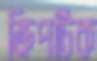
ক্রিপটিক